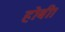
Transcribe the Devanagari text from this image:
होबी।